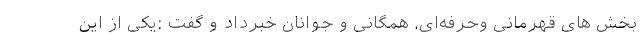
بخش های قهرمانی وحرفه‌ای، همگانی و جوانان خبرداد و گفت :یکی از این